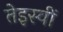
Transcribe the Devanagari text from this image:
तेइस्वीं